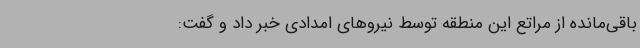
باقی‌مانده از مراتع این منطقه توسط نیروهای امدادی خبر داد و گفت: